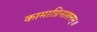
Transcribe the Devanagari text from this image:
कामाग्निनाशनम्॥